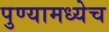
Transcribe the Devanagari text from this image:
पुण्यामध्येच